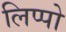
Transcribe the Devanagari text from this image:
लिप्पो